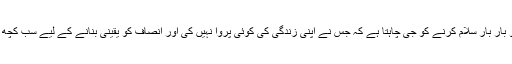
ایسے جج کو بار بار سلام کرنے کو جی چاہتا ہے کہ جس نے اپنی زندگی کی کوئی پروا نہیں کی اور انصاف کو یقینی بنانے کے لیے سب کچھ برداشت کیا۔